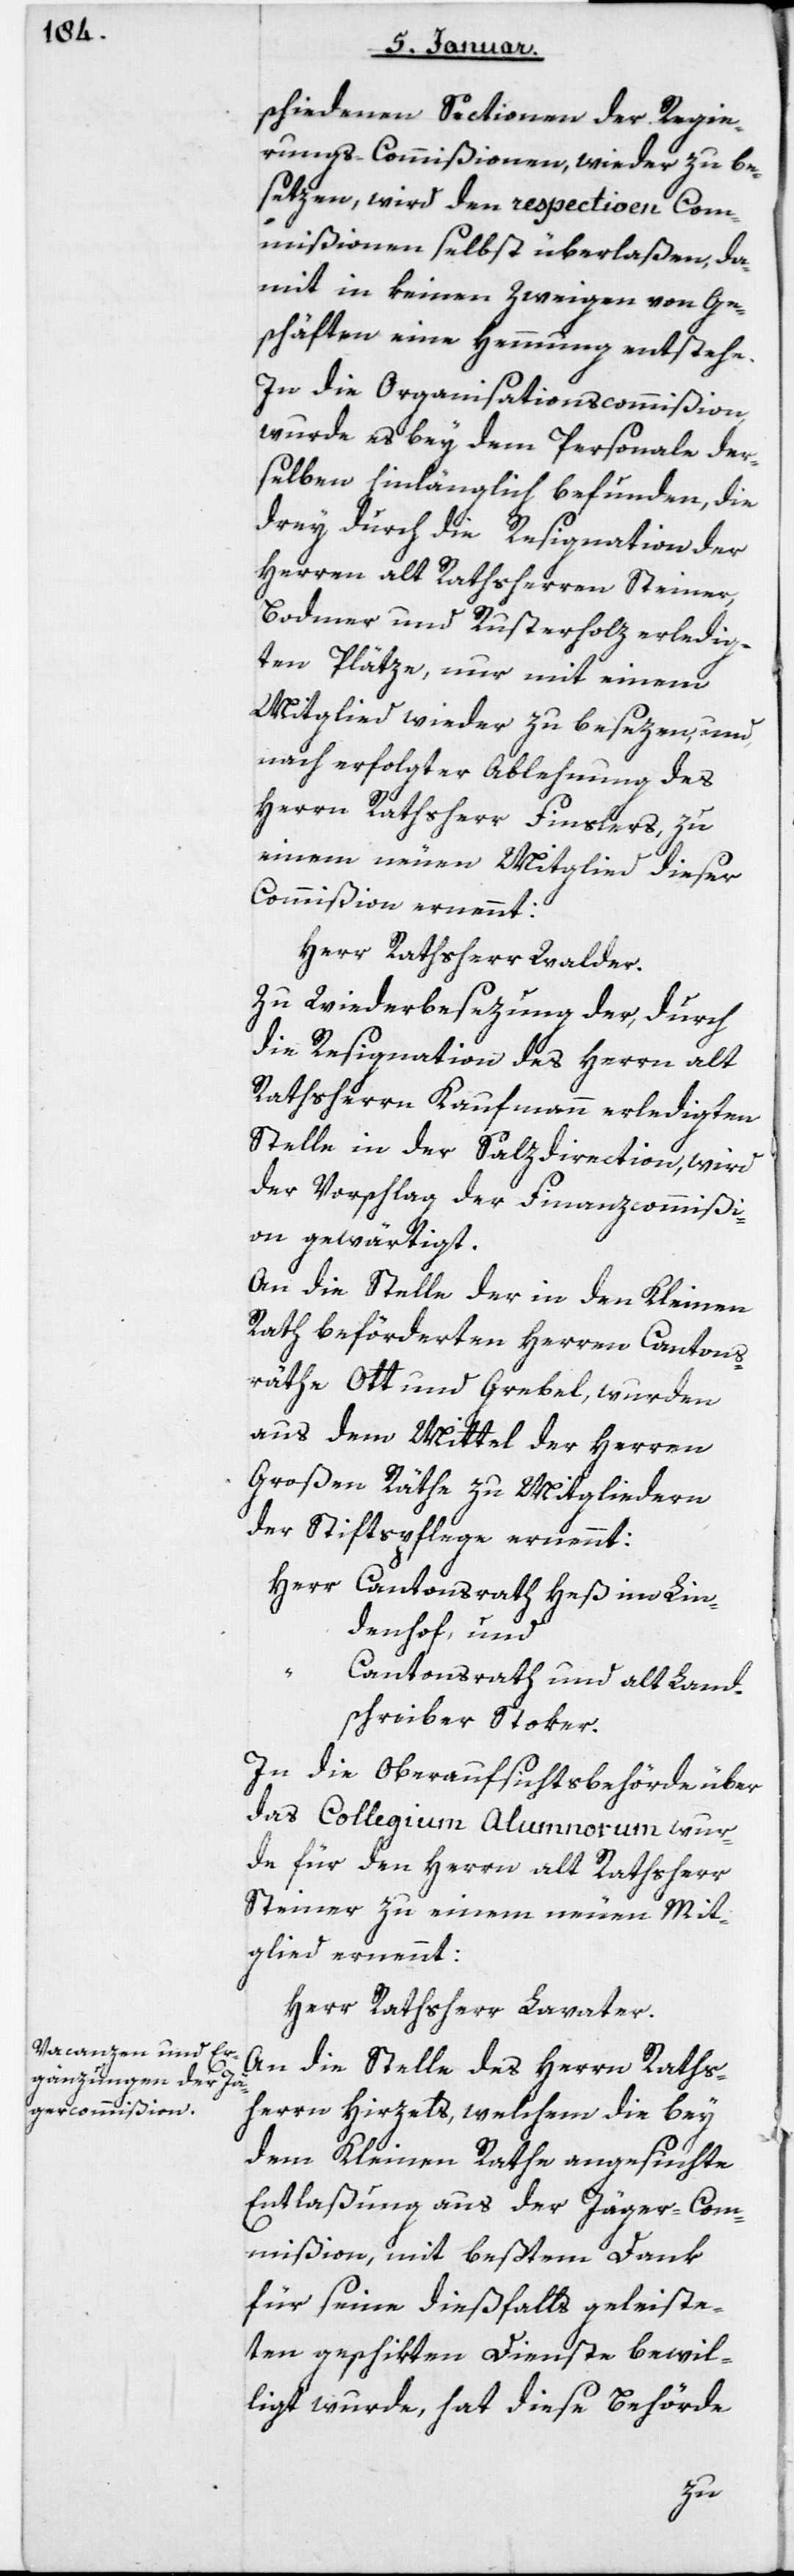
schiedenen Sectionen der Regie¬
rungs-Commißionen, wieder zu be¬
setzen, wird den respectiven Com¬
mißionen selbst überlaßen, da¬
mit in keinen Zweigen von Ge¬
schäften eine Hemmung entstehe.
In die Organisationscommißion
wurde es bey dem Personale der¬
selben hinlänglich befunden, die
drey durch die Resignation der
Herren alt Rathsherren Steiner,
Bodmer und Rusterholz erledig¬
ten Plätze, nur mit einem
Mitglied wieder zu besezen, und
nach erfolgter Ablehnung des
Herrn Rathsherr Finslers, zu
einem neuen Mitglied dieser
Commißion ernennt:
Herr Rathsherr Walder.
Zu Wiederbesezung der, durch
die Resignation des Herrn alt
Rathsherrn Kaufmann erledigten
Stelle in der Salzdirection, wird
der Vorschlag der Finanzcommißi¬
on gewärtigt.
An die Stelle der in den Kleinen
Rath beförderten Herren Cantons¬
räthe Ott und Grebel, wurden
aus dem Mittel der Herren
Großen Räthe zu Mitgliedern
der Stiftspflege ernennt:
Herr Cantonsrath Heß im Lin¬
denhof, und
Cantonsrath und alt Land¬
schreiber Stoker.
In die Oberaufsichtsbehörde über
das Collegium Alumnorum wur¬
de für den Herrrn alt Rathsherr
Steiner zu einem neuen Mit¬
glied ernennt:
Herr Rathsherr Lavater.
An die Stelle des Herrn Raths¬
herrn Hirzels, welchem die bey
dem Kleinen Rathe angesuchte
Entlaßung aus der Jägercom¬
mißion, mit beßtem Dank
für seine dießfalls geleiste¬
ten geschikten Dienste bewil¬
ligt wurde, hat diese Behörde